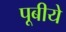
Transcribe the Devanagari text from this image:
पूबीये